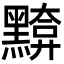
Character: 𪒈